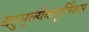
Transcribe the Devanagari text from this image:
बहुमूल्येकमूर्तिकम्‌